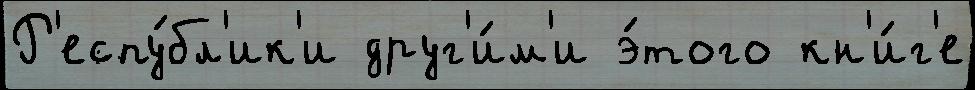
Р'еспу́бл'ик'и друг'и́м'и э́того кн'и́г'е